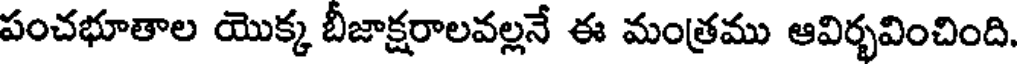
పంచభూతాల యొక్క బీజాక్షరాలవల్లనే ఈ మంత్రము ఆవిర్భవించింది.